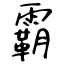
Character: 霸